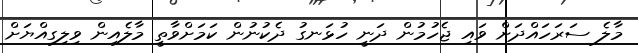
މާލެ ސަރަހައްދަށް ވައި ޖެހުމުން ދަނީ ހުޅަނގު ދެކުނުން ކަމަށްވާތީ މާލެއިން ވިލިގިއްޔަށް